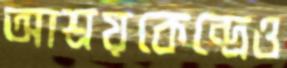
আশ্রয়কেন্দ্রেও